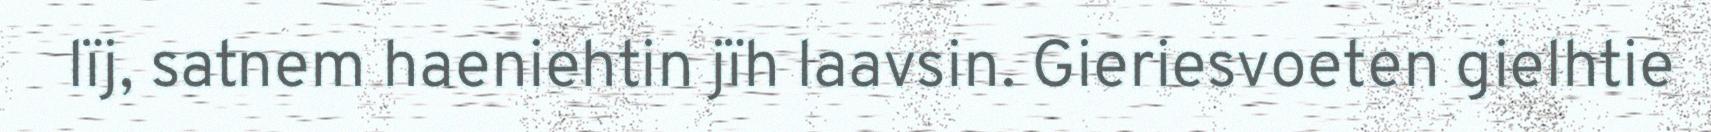
lïj, satnem haeniehtin jïh laavsin. Gieriesvoeten gielhtie